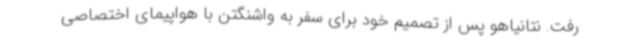
رفت. نتانیاهو پس از تصمیم خود برای سفر به واشنگتن با هواپیمای اختصاصی